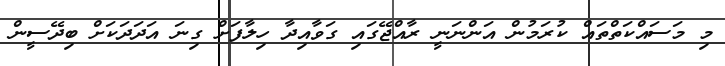
މި މަސައްކަތްތައް ކުރަމުން އަންނަނީ ރާއްޖޭގައި ގަވާއިދާ ހިލާފަށް ގިނަ އަަދަދަކަށް ބިދޭސީން